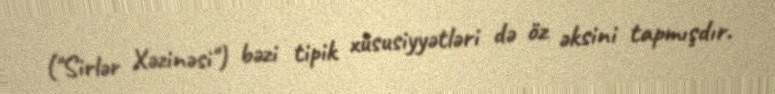
("Sirlər Xəzinəsi") bəzi tipik xüsusiyyətləri də öz əksini tapmışdır.